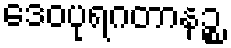
ဒေဝပုရဂတာနဉ္စ